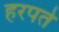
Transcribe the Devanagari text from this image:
हरपते